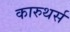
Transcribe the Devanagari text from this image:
कारुथर्स